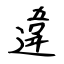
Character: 違